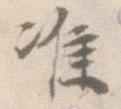
准